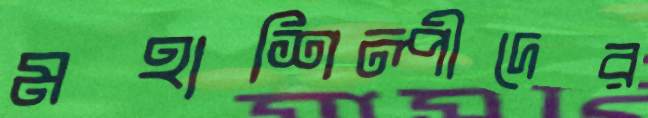
মহাশিল্পীদের